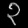
Digit: ၃